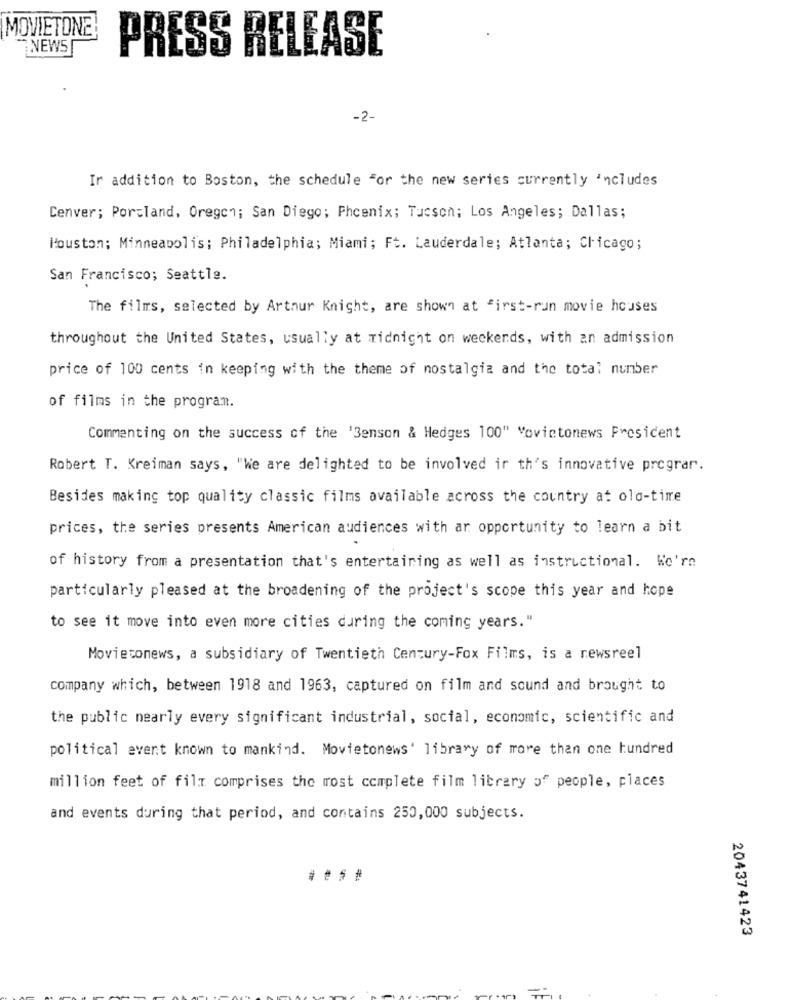
MOVIETONE
NEWS
PRESS RELEASE
-2-
Ir addition to Boston, the schedule for the new series currently includes
Cenver; Portland, Oregon; San Diego; Phoenix; Tucson; Los Angeles; Dallas;
Houston; Minneapolis; Philadelphia; Miami; Ft. Lauderdale; Atlanta; Chicago;
San Francisco; Seattle.
The films, selected by Arthur Knight, are shown at first-run movie houses
throughout the United States, usually at midnight on weekends, with an admission
price of 100 cents in keeping with the theme of nostalgia and the total number
of films in the program.
Commenting on the success of the '3enson & Hedges 100" "ovictonews Prosicent
Robert T. Kreiman says, "We are delighted to be involved ir th's innovative prograr.
Besides making top quality classic films available across the country at old-time
prices, the series presents American audiences with ar opportunity to learn a bit
of history from a presentation that's entertaining as well as instructional. We're
particularly pleased at the broadening of the project's scope this year and hope
to see it move into even more cities during the coming years."
Movietonews, a subsidiary of Twentieth Century-Fox Films, is a newsreel
company which, between 1918 and 1963, captured on film and sound and brought to
the public nearly every significant industrial, social, economic, scientific and
political event known to mankind. Movietonews' library of more than one hundred
million feet of film comprises the most complete film library of people, places
and events during that period, and contains 250,000 subjects.
2043741423